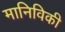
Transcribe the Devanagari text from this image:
मानिविकी